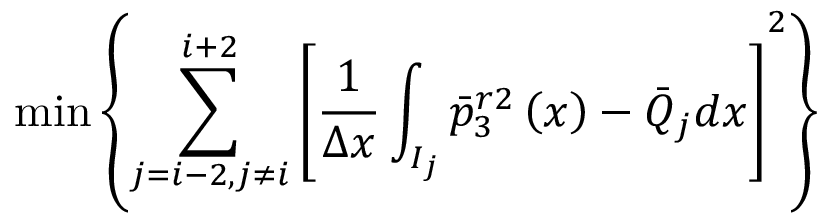
\operatorname* { m i n } \left\{ { { \sum _ { j = i - 2 , j \ne i } ^ { i + 2 } { \left[ \frac { 1 } { \Delta x } \int _ { { { I } _ { j } } } { \bar { p } _ { 3 } ^ { r 2 } \left( x \right) - { { { \bar { Q } } } _ { j } } d x } \right] } } ^ { 2 } } \right\}